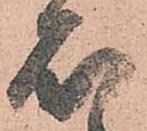
石